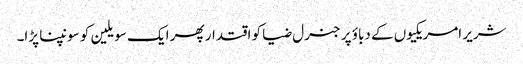
شریر امریکیوں کے دباؤ پر جنرل ضیا کو اقتدار پھر ایک سویلین کو سونپنا پڑا۔